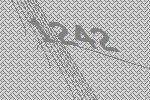
1242